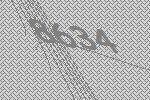
8634